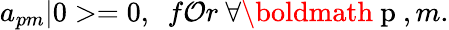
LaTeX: a_{pm}|0>=0,\ \ f\mathcal{O}r\ \forall\mathrm{{\boldmath~p~}},m.